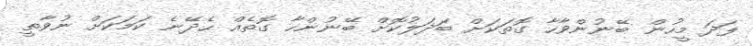
ފަދަ މީހުން ބޭނުންވާހާ ގޮތަކަށް ބަދަލުކޮށް ބޭނުންހާ ގޮތެއް ހެދޭނެ ކަމަކަށް ނުވާތީ